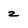
Character: 2